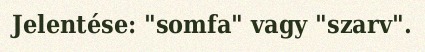
Jelentése: "somfa" vagy "szarv".